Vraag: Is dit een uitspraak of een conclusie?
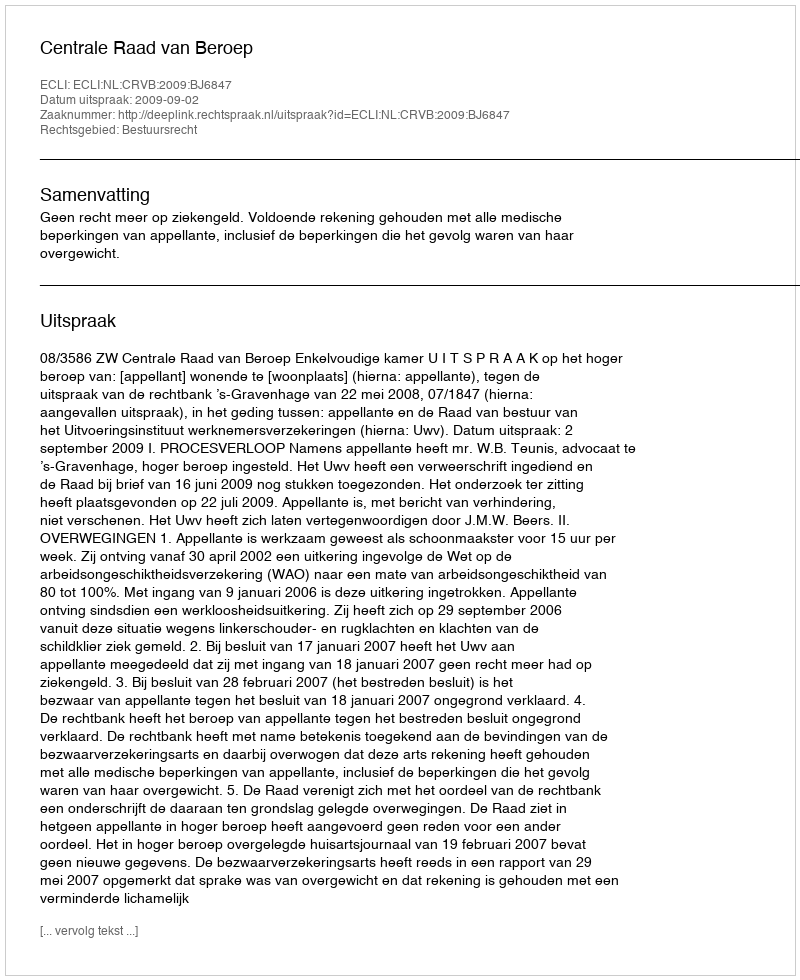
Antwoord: Uitspraak